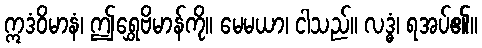
ဣဒံဝိမာနံ၊ ဤရွှေဗိမာန်ကို။ မေမယာ၊ ငါသည်။ လဒ္ဓံ၊ ရအပ်၏။